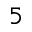
^ 5